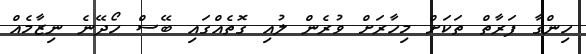
ހިންގާ ފަރާތް ތަކަށް މިހާރަށް ވުރެން ލުއި ގޮތެއްގައި ބޭސް ހޯދޭނެ ނިޒާމެއް